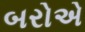
બરોએ